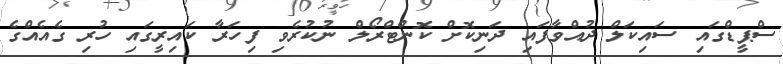
ސްޕީޑްގައި ސައިކަލް ދުއްވާފައި ދަނިކޮށް ކޮންޓްރޯލް ނުކުރެވި ފިހަރާ ކައިރީގައި ހުރި ގެއެއްގެ